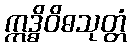
ဣဒ္ဓိဝိဓသုတ္တံ